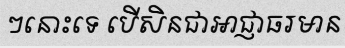
ៗនោះទេ បើសិនជាអាជ្ញាធរមាន